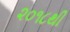
૨૦૧૮થી